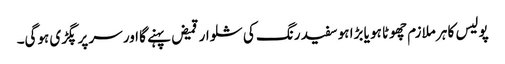
پولیس کا ہر ملازم چھوٹا ہو یا بڑا ہو سفید رنگ کی شلوار قمیض پہنے گا اور سر پر پگڑی ہوگی۔